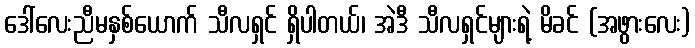
ဒေါ်လေးညီမနှစ်ယောက် သီလရှင် ရှိပါတယ်၊ အဲဒီ သီလရှင်များရဲ့ မိခင် (အဖွားလေး)